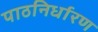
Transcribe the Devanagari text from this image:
पाठनिर्धारण